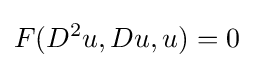
F(D^{2}u,Du,u)=0